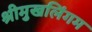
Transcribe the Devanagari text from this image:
श्रीमुखलिंगम